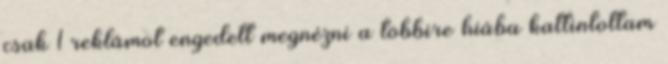
csak 1 reklámot engedett megnézni a többire hiába kattintottam